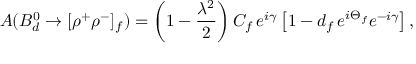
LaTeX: A ( B _ { d } ^ { 0 } \to [ \rho ^ { + } \rho ^ { - } ] _ { f } ) = \left( 1 - \frac { \lambda ^ { 2 } } { 2 } \right) { \cal C } _ { f } \, e ^ { i \gamma } \left[ 1 - d _ { f } \, e ^ { i \Theta _ { f } } e ^ { - i \gamma } \right] ,